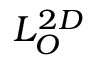
L _ { O } ^ { 2 D }